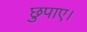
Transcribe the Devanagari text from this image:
छुपाए।